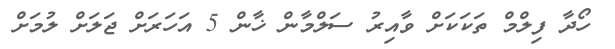
ހޯދާ ފިލްމް ތަކަކަށް ވާއިރު ސަލްމާން ޚާން 5 އަހަރަށް ޖަލަށް ލުމަށް